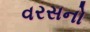
વરસનો